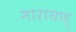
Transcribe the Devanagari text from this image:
नारायण्